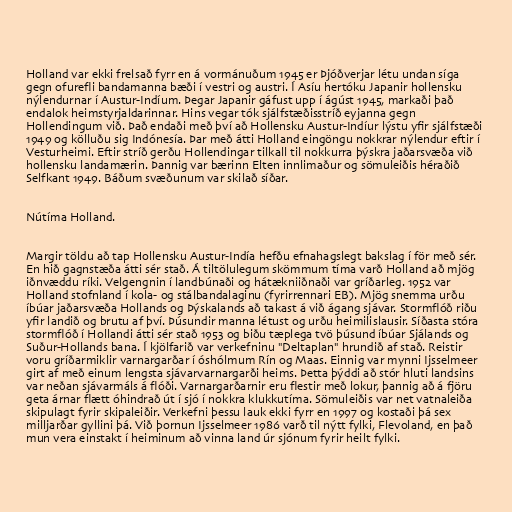
Holland var ekki frelsað fyrr en á vormánuðum 1945 er Þjóðverjar létu undan síga
gegn ofurefli bandamanna bæði í vestri og austri. Í Asíu hertóku Japanir hollensku
nýlendurnar í Austur-Indíum. Þegar Japanir gáfust upp í ágúst 1945, markaði það
endalok heimstyrjaldarinnar. Hins vegar tók sjálfstæðisstríð eyjanna gegn
Hollendingum við. Það endaði með því að Hollensku Austur-Indíur lýstu yfir sjálfstæði
1949 og kölluðu sig Indónesía. Þar með átti Holland eingöngu nokkrar nýlendur eftir í
Vesturheimi. Eftir stríð gerðu Hollendingar tilkall til nokkurra þýskra jaðarsvæða við
hollensku landamærin. Þannig var bærinn Elten innlimaður og sömuleiðis héraðið
Selfkant 1949. Báðum svæðunum var skilað síðar.

Nútíma Holland.

Margir töldu að tap Hollensku Austur-Indía hefðu efnahagslegt bakslag í för með sér.
En hið gagnstæða átti sér stað. Á tiltölulegum skömmum tíma varð Holland að mjög
iðnvæddu ríki. Velgengnin í landbúnaði og hátækniiðnaði var gríðarleg. 1952 var
Holland stofnland í kola- og stálbandalaginu (fyrirrennari EB). Mjög snemma urðu
íbúar jaðarsvæða Hollands og Þýskalands að takast á við ágang sjávar. Stormflóð riðu
yfir landið og brutu af því. Þúsundir manna létust og urðu heimilislausir. Síðasta stóra
stormflóð í Hollandi átti sér stað 1953 og biðu tæplega tvö þúsund íbúar Sjálands og
Suður-Hollands bana. Í kjölfarið var verkefninu "Deltaplan" hrundið af stað. Reistir
voru gríðarmiklir varnargarðar í óshólmum Rín og Maas. Einnig var mynni Ijsselmeer
girt af með einum lengsta sjávarvarnargarði heims. Þetta þýddi að stór hluti landsins
var neðan sjávarmáls á flóði. Varnargarðarnir eru flestir með lokur, þannig að á fjöru
geta árnar flætt óhindrað út í sjó í nokkra klukkutíma. Sömuleiðis var net vatnaleiða
skipulagt fyrir skipaleiðir. Verkefni þessu lauk ekki fyrr en 1997 og kostaði þá sex
milljarðar gyllini þá. Við þornun Ijsselmeer 1986 varð til nýtt fylki, Flevoland, en það
mun vera einstakt í heiminum að vinna land úr sjónum fyrir heilt fylki.